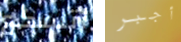
أتسكع أجبر